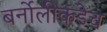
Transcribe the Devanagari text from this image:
बर्नोलीकडेच